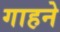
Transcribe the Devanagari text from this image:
गाहने